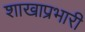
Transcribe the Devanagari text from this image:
शाखाप्रभारी